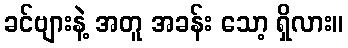
ခင်ဗျားနဲ့ အတူ အခန်း သော့ ရှိလား။